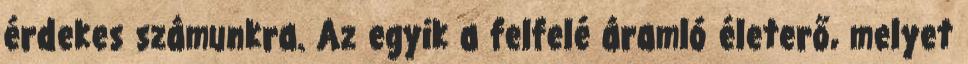
érdekes számunkra. Az egyik a felfelé áramló életerő, melyet